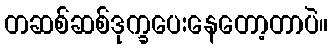
တဆစ်ဆစ်ဒုက္ခပေးနေတော့တာပဲ။